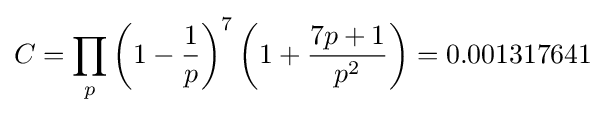
C=\prod _{p}\left(1-{\frac {1}{p}}\right)^{7}\left(1+{\frac {7p+1}{p^{2}}}\right)=0.001317641